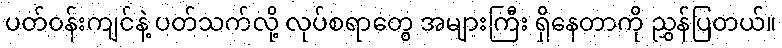
ပတ်ဝန်းကျင်နဲ့ ပတ်သက်လို့ လုပ်စရာတွေ အများကြီး ရှိနေတာကို ညွှန်ပြတယ်။